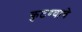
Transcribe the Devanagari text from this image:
कुटण्याचे